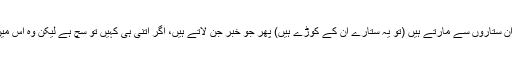
فرشتے جب ان جنوں کو دیکھتے ہیں تو ان ستاروں سے مارتے ہیں (تو یہ ستارے ان کے کوڑے ہیں) پھر جو خبر جن لاتے ہیں، اگر اتنی ہی کہیں تو سچ ہے لیکن وہ اس میں جھوٹ ملاتے ہیں اور زیادہ کرتے ہیں۔